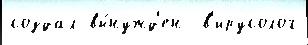
создал вы́нужд'ен  в'ирусолог